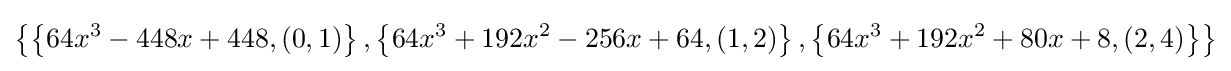
\left\{\left\{64x^{3}-448x+448,(0,1)\right\},\left\{64x^{3}+192x^{2}-256x+64,(1,2)\right\},\left\{64x^{3}+192x^{2}+80x+8,(2,4)\right\}\right\}